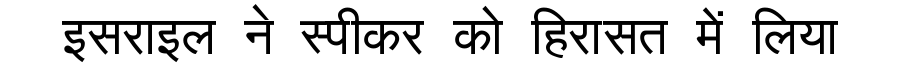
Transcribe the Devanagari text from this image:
इसराइल ने स्पीकर को हिरासत में लिया